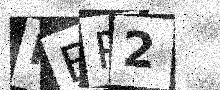
Text: RBP2